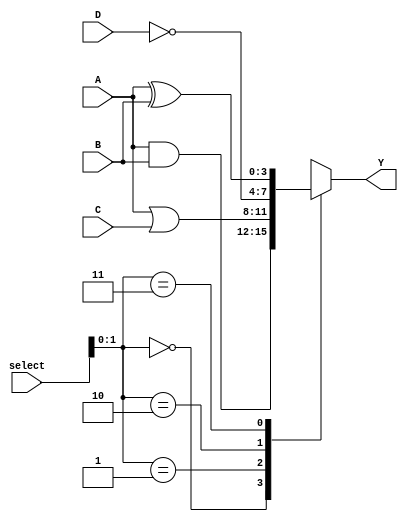
module CLB (
    input wire [3:0] A, // 4-bit input
    input wire [3:0] B, // 4-bit input
    input wire [3:0] C, // 4-bit input
    input wire [3:0] D, // 4-bit input
    input wire [3:0] select, // Select lines for multiplexing
    output wire [3:0] Y // 4-bit output
);

// Logic Cells
wire [3:0] logic_cell_1;
wire [3:0] logic_cell_2;
wire [3:0] logic_cell_3;
wire [3:0] logic_cell_4;

// Logic Cell Implementations
assign logic_cell_1 = A & B; // AND gate
assign logic_cell_2 = A | C; // OR gate
assign logic_cell_3 = ~D;     // NOT gate
assign logic_cell_4 = A ^ B;  // XOR gate

// Interconnect Matrix
wire [3:0] interconnect_matrix [3:0]; // 4x4 interconnect matrix

// Connect logic cells to interconnect matrix
assign interconnect_matrix[0] = logic_cell_1; // Connect logic cell 1
assign interconnect_matrix[1] = logic_cell_2; // Connect logic cell 2
assign interconnect_matrix[2] = logic_cell_3; // Connect logic cell 3
assign interconnect_matrix[3] = logic_cell_4; // Connect logic cell 4

// Output selection based on select lines
assign Y = interconnect_matrix[select];

// Control Logic (optional)
// This can be expanded to include more complex control mechanisms
// For now, we will just use the select lines to choose the output

endmodule